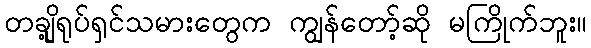
တချို့ရုပ်ရှင်သမားတွေက ကျွန်တော့်ဆို မကြိုက်ဘူး။